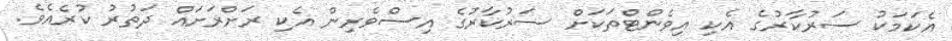
އެކަމަކު ސަރުކާރުގެ އެކި އިވެންޓްތަަކަށް ސަރުކާރުގެ އިސްވެރިން އެކި ރަށްރަށައް ދަތުރު ކުރެއެވެ.